Scottish Leaving Certificate Examination, 1953
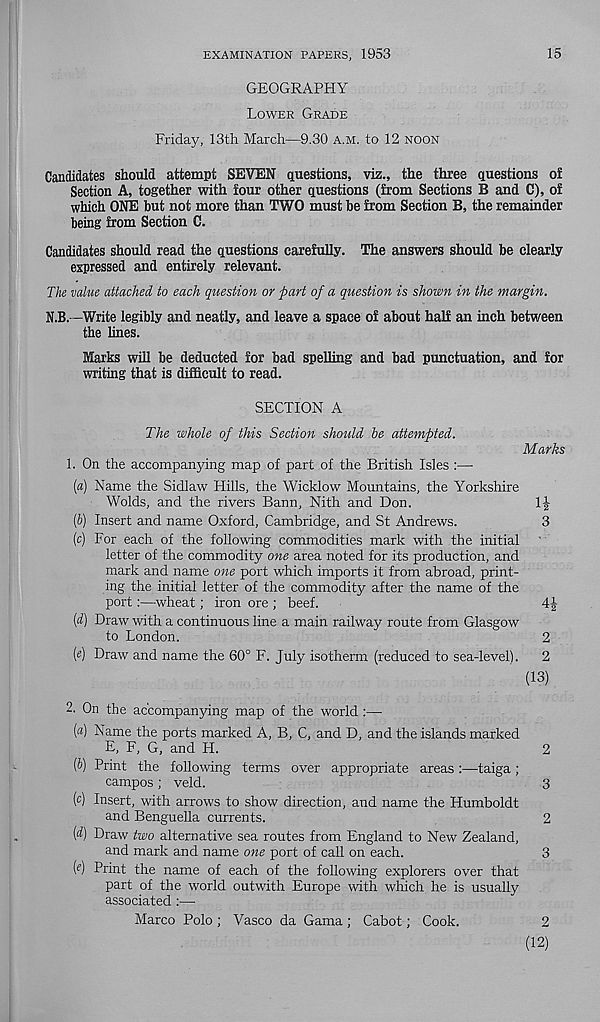
EXAMINATION PAPERS, 1953
15
GEOGRAPHY
LOWER GRADE
Friday, 13th March—9.30 A.M. to 12 NOON
Candidates should attempt SEVEN questions, viz., the three questions o£
Section A, together with four other questions (from Sections B and C), of
which ONE but not more than TWO must be from Section B, the remainder
being from Section C.
Candidates should read the questions carefully. The answers should be clearly
expressed and entirely relevant.
The value attached to each question or part of a question is shown in the margin.
N.B. -Write legibly and neatly, and leave a space of about half an inch between
the lines.
Marks will be deducted for bad spelling and bad punctuation, and for
writing that is difficult to read.
SECTION A
The whole of this Section should he attempted.
1, On the accompanying map of part of the British Isles :—
Marks
(a) Name the Sidlaw Hills, the Wicklow Mountains, the Yorkshire
Wolds, and the rivers Bann, Nith and Don.
(b) Insert and name Oxford, Cambridge, and St Andrews.
3
(c) For each of the following commodities mark with the initial
letter of the commodity one area noted for its production, and
mark and name one port which imports it from abroad, print-
ing the initial letter of the commodity after the name of the
port:—wheat; iron ore ; beef.
4J
(d) Draw with a continuous line a main railway route from Glasgow
to London.
2
(«) Draw and name the 60° F. July isotherm (reduced to sea-level).
2
(13)
2. On the accompanying map of the world :—
[a) Name the ports marked A, B, C, and D, and the islands marked
E, F, G, and H.
2
{b) Print the following terms over appropriate areas :—taiga ;
campos ; veld.
3
(c) Insert, with arrows to show direction, and name the Humboldt
and Benguella currents.
2
(d) Draw two alternative sea routes from England to New Zealand,
and mark and name one port of call on each.
3
(c) Print the name of each of the following explorers over that
part of the world outwith Europe ■with which he is usually
associated :—
Marco Polo ; Vasco da Gama ; Cabot; Cook.
2
(12)